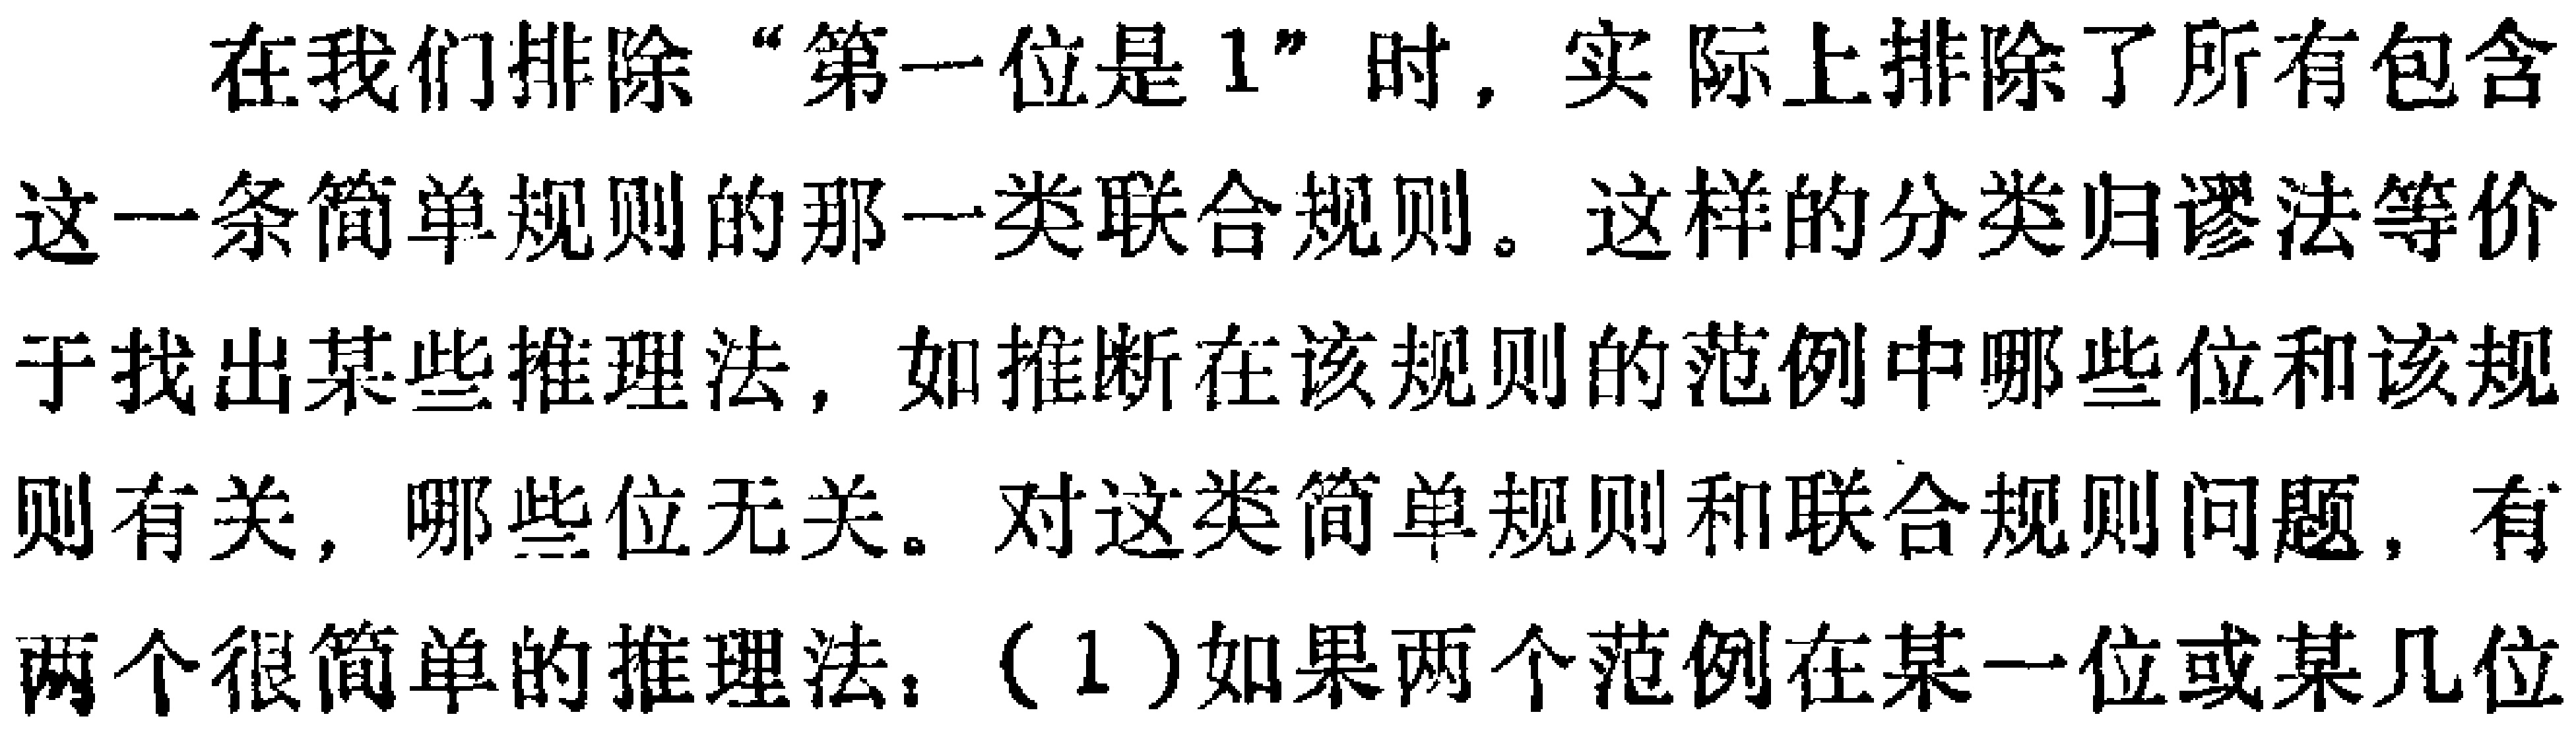
在我们排除“第一位是1”时，实际上排除了所有包含这一条简单规则的那一类联合规则。这样的分类归谬法等价于找出某些推理法，如推断在该规则的范例中哪些位和该规则有关，哪些位无关。对这类简单规则和联合规则问题，有两个很简单的推理法：（1）如果两个范例在某一位或某几位